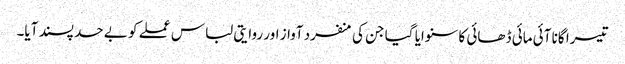
تیسرا گانا آئی مائی ڈھائی کا سنوایا گیا جن کی منفرد آواز اور روایتی لباس عملے کو بے حد پسند آیا۔